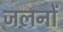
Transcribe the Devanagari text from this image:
जलनों